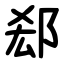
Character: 郄